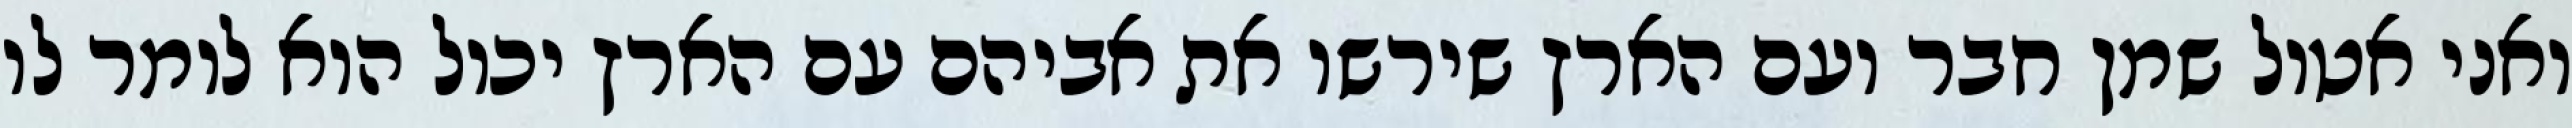
ואני אטול שמן חבר ועם הארץ שירשו את אביהם עם הארץ יכול הוא לומר לו